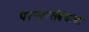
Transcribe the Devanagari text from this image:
परस्परसंबंधांचा